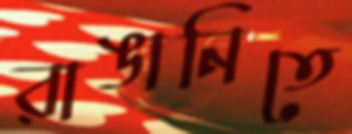
রাঙানিতে